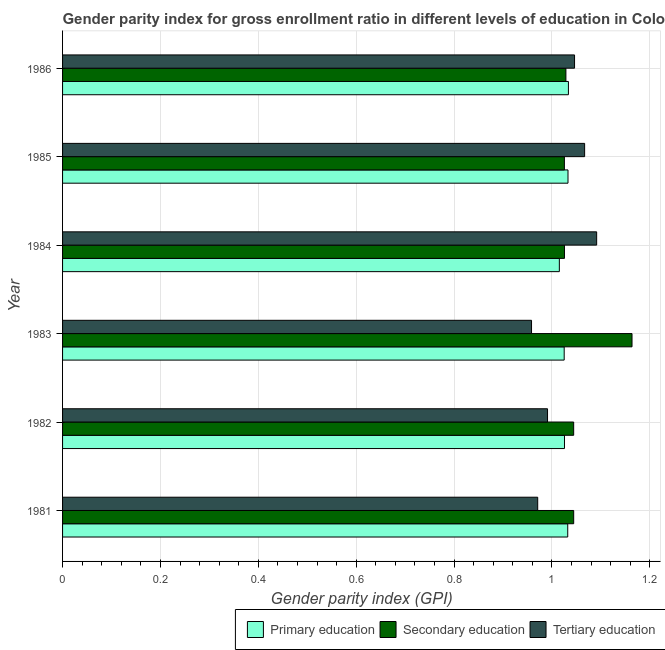
| Year | Primary education | Secondary education | Tertiary education |
 | --- | --- | --- | --- |
 | 1981 | 1.03 | 1.04 | 0.971 |
 | 1982 | 1.03 | 1.04 | 0.991 |
 | 1983 | 1.03 | 1.16 | 0.958 |
 | 1984 | 1.02 | 1.03 | 1.09 |
 | 1985 | 1.03 | 1.03 | 1.07 |
 | 1986 | 1.03 | 1.03 | 1.05 |